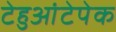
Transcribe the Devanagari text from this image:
टेहुआंटेपेक